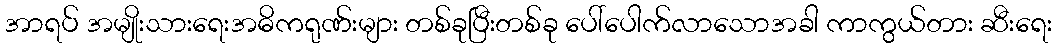
အာရပ် အမျိုးသားရေးအဓိကရုဏ်းများ တစ်ခုပြီးတစ်ခု ပေါ်ပေါက်လာသောအခါ ကာကွယ်တား ဆီးရေး